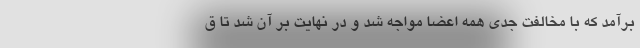
برآمد که با مخالفت جدی همه اعضا مواجه شد و در نهایت بر آن شد تا ق